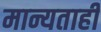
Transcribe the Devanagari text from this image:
मान्यताही